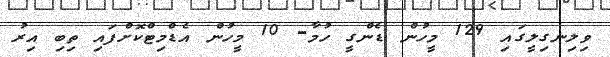
ވިލިނގިލީގައި 129 މީހުން ޑެންގީ ހުމާ- 10 މީހުން އެޑްމިޓްކޮށްފައި ތިބި އިރު